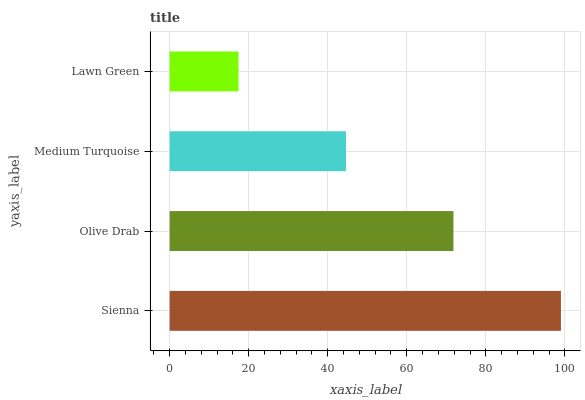
| yaxis_label | bars |
 | --- | --- |
 | Sienna | 99 |
 | Olive Drab | 71.8 |
 | Medium Turquoise | 44.6 |
 | Lawn Green | 17.4 |